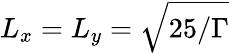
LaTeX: L_{x}=L_{y}=\sqrt{25/\Gamma}